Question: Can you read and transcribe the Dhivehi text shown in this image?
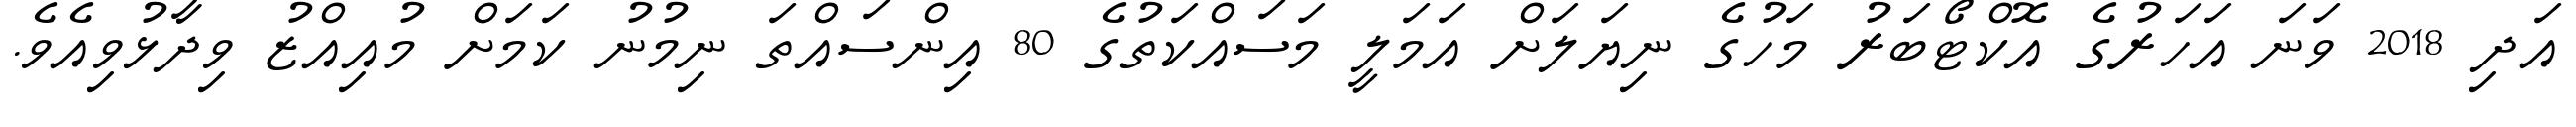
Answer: އަދި 2018 ވަނަ އަހަރުގެ އޮކްޓޯބަރު މަހުގެ ނިޔަލަށް އަމަލީ މަސައްކަތުގެ 80 އިންސައްތަ ނިމުނު ކަމަށް މުއިއްޒު ވިދާޅުވިއެވެ.